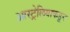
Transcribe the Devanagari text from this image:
आस्ट्रेलियाकडून